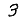
Digit: 3